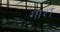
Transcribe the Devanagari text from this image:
गाश